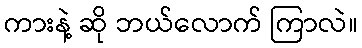
ကားနဲ့ ဆို ဘယ်လောက် ကြာလဲ။